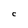
Character: C